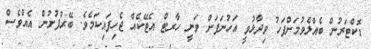
ޑޮކްޓަރުން ބެއްލެވުމަށްފަހު ވިދާޅުވީ އަހުނަފަށް ވަނީ ހާރޓް އެޓޭކެއް ޖެހިފައިކަމެވެ. ބޭރުފުށުން އެއްވެސް